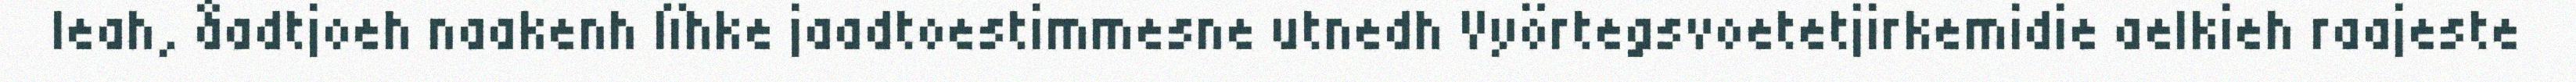
leah, åadtjoeh naakenh lïhke jaadtoestimmesne utnedh Vyörtegsvoetetjirkemidie aelkieh raajeste